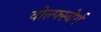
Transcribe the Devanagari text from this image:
वोल्फ्स्बेर्ग